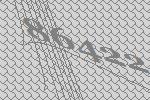
86422